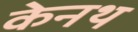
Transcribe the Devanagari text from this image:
केनथ